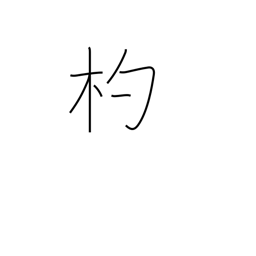
Meaning: ladle